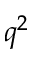
q ^ { 2 }